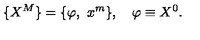
\{ X ^ { M } \} = \{ \varphi , \ x ^ { m } \} , \quad \varphi \equiv X ^ { 0 } .